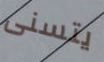
يتسنى